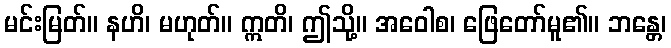
မင်းမြတ်။ နဟိ၊ မဟုတ်။ ဣတိ၊ ဤသို့။ အဝေါစ၊ ဖြေတော်မူ၏။ ဘန္တေ၊